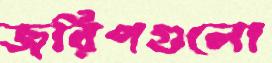
জরিপগুলো